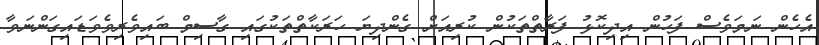
އެހެން ނަމަވެސް ފަހުން އިދިކޮޅު ފަރާތްތަކުން ކުރިއަށް ގެންދިޔަ ހަރަކާތްތަކުގައި ގާސިމް ބައިވެރިވެވަޑައިގަންނަވާ